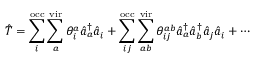
\hat { T } = \sum _ { i } ^ { \mathrm { o c c } } \sum _ { a } ^ { \mathrm { v i r } } \theta _ { i } ^ { a } \hat { a } _ { a } ^ { \dagger } \hat { a } _ { i } + \sum _ { i j } ^ { \mathrm { o c c } } \sum _ { a b } ^ { \mathrm { v i r } } \theta _ { i j } ^ { a b } \hat { a } _ { a } ^ { \dagger } \hat { a } _ { b } ^ { \dagger } \hat { a } _ { j } \hat { a } _ { i } + \cdots